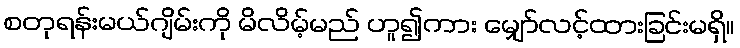
စတုရန်းမယ်ဂျိမ်းကို မိလိမ့်မည် ဟူ၍ကား မျှော်လင့်ထားခြင်းမရှိ။